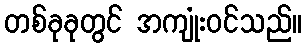
တစ်ခုခုတွင် အကျုံးဝင်သည်။